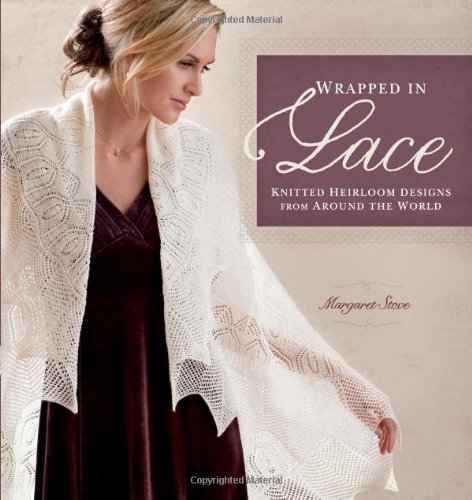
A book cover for Wrapped in Lace: Knitted Heirloom Designs from Around the World; Margaret Stove; Crafts, Hobbies & Home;